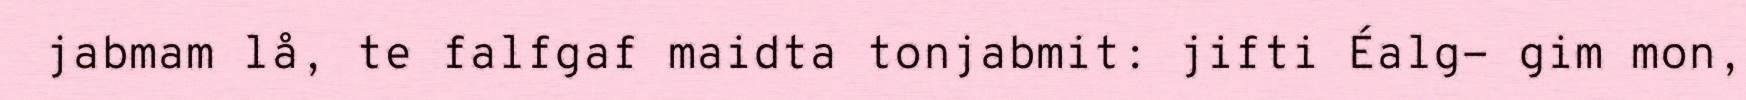
jabmam lå, te falfgaf maidta tonjabmit: jifti Éalg- gim mon,